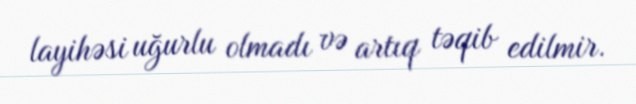
layihəsi uğurlu olmadı və artıq təqib edilmir.